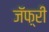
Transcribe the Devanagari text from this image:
जॅफ़्री